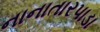
નાનાતારપાડા